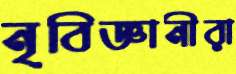
নৃবিজ্ঞানীরা